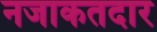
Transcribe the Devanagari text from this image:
नजाकतदार